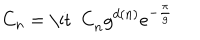
LaTeX: C _ { n } = \mathrm { \it ~ C } _ { n } g ^ { d ( n ) } e ^ { - { \frac { \pi } { g } } }